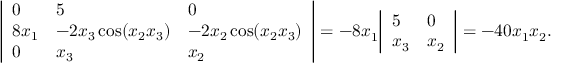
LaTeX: { \left| \begin{array} { l l l } { 0 } & { 5 } & { 0 } \\ { 8 x _ { 1 } } & { - 2 x _ { 3 } \cos ( x _ { 2 } x _ { 3 } ) } & { - 2 x _ { 2 } \cos ( x _ { 2 } x _ { 3 } ) } \\ { 0 } & { x _ { 3 } } & { x _ { 2 } } \end{array} \right| } = - 8 x _ { 1 } { \left| \begin{array} { l l } { 5 } & { 0 } \\ { x _ { 3 } } & { x _ { 2 } } \end{array} \right| } = - 4 0 x _ { 1 } x _ { 2 } .